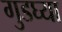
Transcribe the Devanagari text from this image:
गुडघ्या